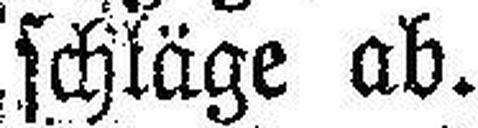
schläge ab.